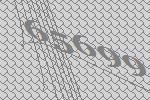
65699